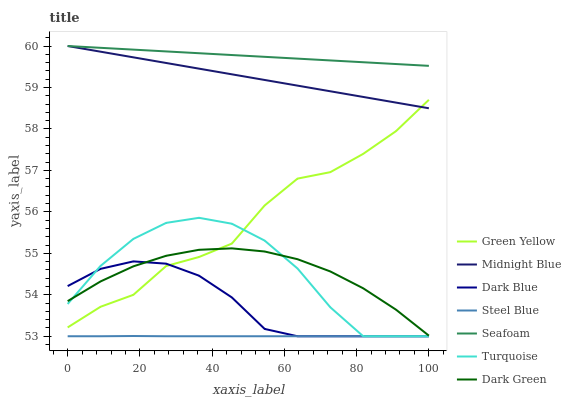
| xaxis_label | Green Yellow | Midnight Blue | Dark Blue | Steel Blue | Seafoam | Turquoise | Dark Green |
 | --- | --- | --- | --- | --- | --- | --- | --- |
 | 0 | 53.2 | 60 | 54.2 | 53 | 60 | 53.8 | 53.8 |
 | 9.09 | 53.7 | 59.9 | 54.6 | 53 | 60 | 54.7 | 54.3 |
 | 18.2 | 54 | 59.7 | 54.8 | 53 | 59.9 | 55.3 | 54.7 |
 | 27.3 | 54.7 | 59.6 | 54.8 | 53 | 59.9 | 55.7 | 54.9 |
 | 36.4 | 54.9 | 59.5 | 54.5 | 53 | 59.8 | 55.9 | 55.1 |
 | 45.5 | 55.2 | 59.3 | 53.9 | 53 | 59.8 | 55.7 | 55.1 |
 | 54.5 | 56.2 | 59.2 | 53.2 | 53 | 59.7 | 55.3 | 55 |
 | 63.6 | 56.8 | 59 | 53 | 53 | 59.7 | 54.6 | 54.9 |
 | 72.7 | 57 | 58.9 | 53 | 53 | 59.7 | 53.7 | 54.6 |
 | 81.8 | 57.4 | 58.8 | 53 | 53 | 59.6 | 53 | 54.2 |
 | 90.9 | 57.9 | 58.6 | 53 | 53 | 59.6 | 53 | 53.6 |
 | 100 | 58.7 | 58.5 | 53 | 53 | 59.5 | 53 | 53 |